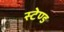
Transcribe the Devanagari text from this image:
स्‍टेण्‍ड